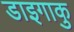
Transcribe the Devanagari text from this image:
डाइगाकु